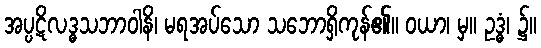
အပ္ပဋိလဒ္ဓသဘာဝါနိ၊ မရအပ်သော သဘောရှိကုန်၏။ ဝယာ၊ မှ။ ဥဒ္ဓံ၊ ၌။